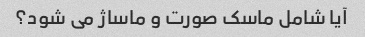
آیا شامل ماسک صورت و ماساژ می شود؟